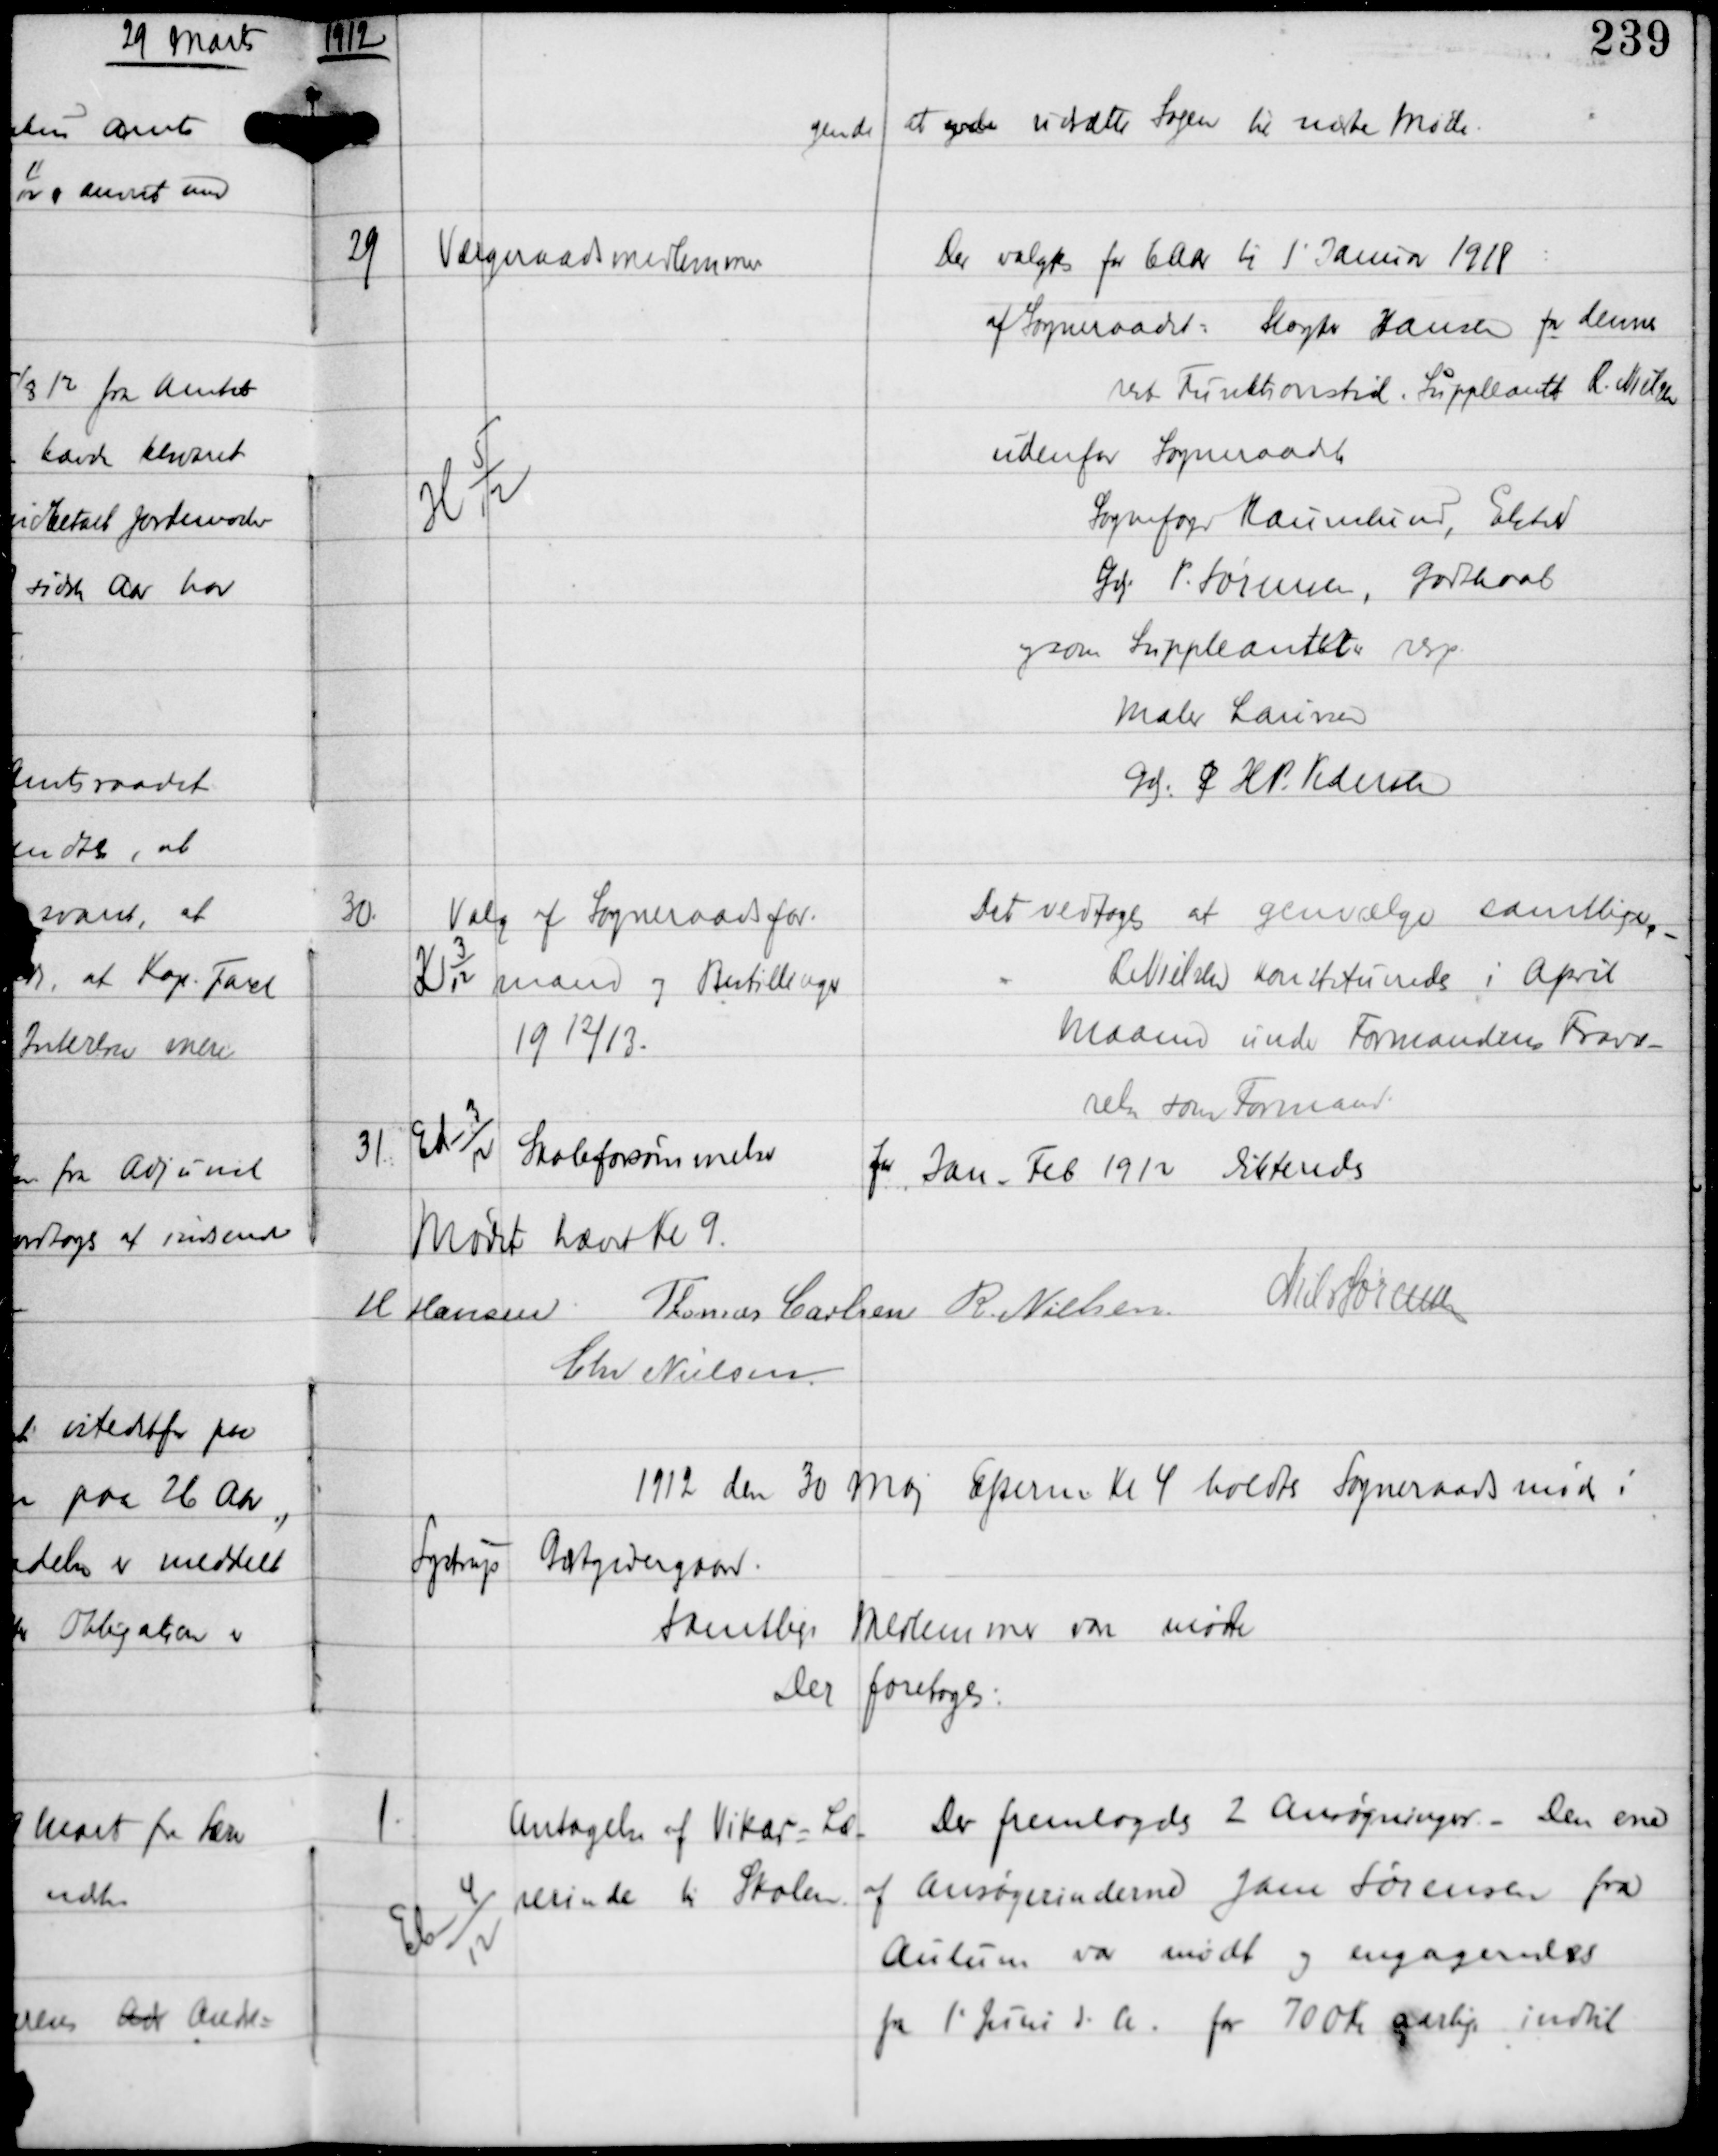
Transskription:
1912

gende at yde udsætte Sagen til næste Møde.

29

H 5
12

Vælgerraadsmedlemmer

Der valgtes for 6 Aar til 1' Januar 1918
af Sogneraadet: Slagter Hansen for dennes
rest Funktionstid. Suppleant R. Nielsen
udenfor Sogneraadet
Sognefoged Haunslund, Elsted
Gdj P. Sørensen, Godthaab
og som Suppleantets resp
Maler Laursen
Gdj J H P. Pedersen

30

K 3
12
Valg af Sogneraadsfor-
mand og Bestillinger
19 12/13

Det vedtoges, at genvælge samtlige
R Nielsen konstutuerede i April
Maaned under Formandens Fravæ-
relse som Formand

31

Ed-3
12

Skoleforsømmelser

for Jan - Feb 1912 dikteredes

Mødet hævet KL 9.
H Hansen
Thomas Carlsen R Nielsen Niels Sørensen
Chr Nielsen

1912 den 30 Maj Efterm Kl 4 holdtes Sogneraadsmøde i
Lystrup Gæstgiveri
Samtlige Medlemmer vare mødte
Der foretoges:

1

Eb-4
12

Antagelse af Vikar-Læ
rerinde til Skolen.

Der fremlagdes 2 Ansøgninger. - Den ene
af Ansøgerinderne Jane Sørensen fra
Aulum var mødt og engageredes
fra 1' Juni d.A. for 700 Kr aarlig indtil